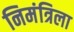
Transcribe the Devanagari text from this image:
निमंत्रिला